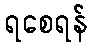
ရစေရန်